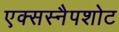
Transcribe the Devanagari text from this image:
एक्सस्नैपशोट